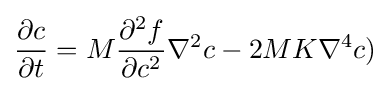
{\frac {\partial c}{\partial t}}=M{\frac {\partial ^{2}f}{\partial c^{2}}}\nabla ^{2}c-2MK\nabla ^{4}c)